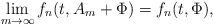
LaTeX: \begin{align*}&\lim_{m\to\infty}f_n(t,A_m+\Phi)=f_n(t,\Phi),\end{align*}